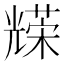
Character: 𠓅